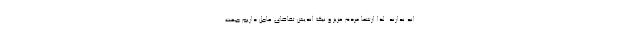
اند ندارند. لذا ازشما مردم عزیز و نیک اندیش تقاضای عاجل داریم جهت